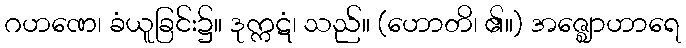
ဂဟဏေ၊ ခံယူခြင်း၌။ ဒုက္ကဋံ၊ သည်။ (ဟောတိ၊ ၏။) အဇ္ဈောဟာရေ